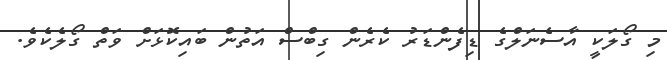
މި ގޯލަކީ އާސެނަލްގެ ޑިފެންޑަރު ކެރެން ގިބްސް އަތުން ބައިކޮޅަށް ވަތް ގޯލެކެވެ.